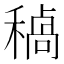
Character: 𮃥